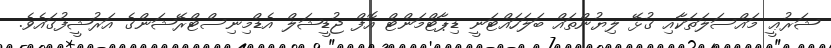
ޝަރުޢީ މައްސަލަތަކާއި ގުޅޭ ލިޔުންތައް ބަލަހައްޓަނީ ޑިޕާޓްމަންޓް އޮފް ޖުޑީޝަލް އެޑްމިނިސްޓްރޭޝަންގެ އަރުޝީފުގައެވެ.